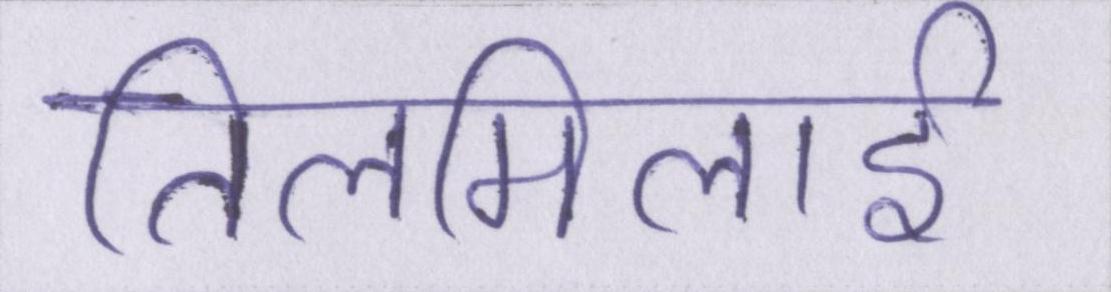
तिलमिलाई